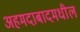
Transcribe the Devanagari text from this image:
अहमदाबादमधील